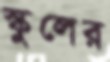
স্কুলের